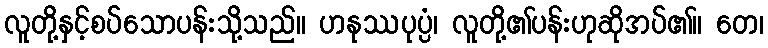
လူတို့နှင့်စပ်သောပန်းသို့သည်။ ဟနုဿပုပ္ပံ၊ လူတို့၏ပန်းဟုဆိုအပ်၏။ တေ၊